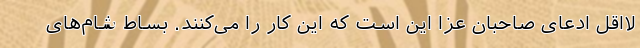
لااقل ادعای صاحبان عزا این است که این کار را می‌کنند. بساط شام‌های